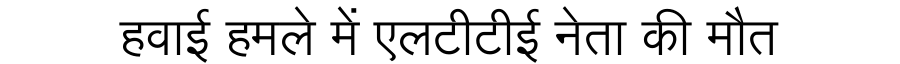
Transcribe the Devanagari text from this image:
हवाई हमले में एलटीटीई नेता की मौत